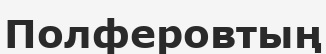
Полферовтың